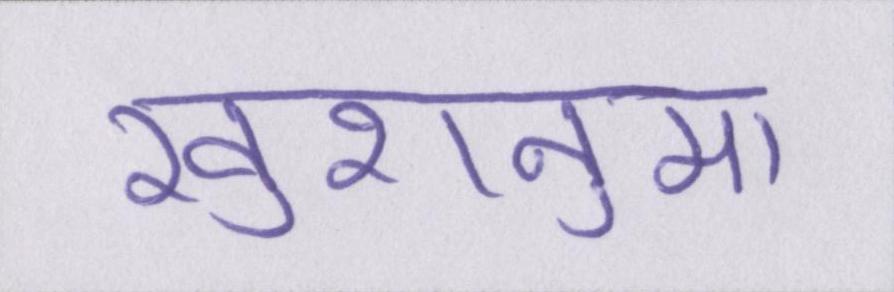
खुशनुमा